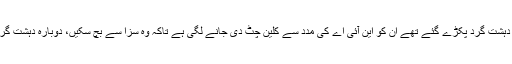
ان چیزوں سے بھی خطرناک بات یہ شروع ہوگئی ہے کہ آر ایس ایس کے جتنے بڑے دہشت گرد پکڑے گئے تھے ان کو این آئی اے کی مدد سے کلین چٹ دی جانے لگی ہے تاکہ وہ سزا سے بچ سکیں، دوبارہ دہشت گردی کے کاموں میں لگ سکیں یا دوسروں کو سکھا پڑھاکر اس کام کیلئے تیار کرسکیں۔